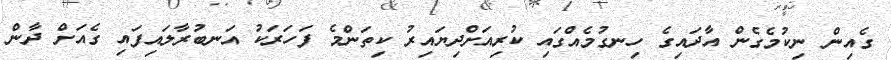
ގެއިން ނިކުމެގެން އާދައިގެ ހިނގުމެއްގައި ކުރިއަށްދިޔައިރު ކިތަންމެ ފަހަރަކު އަނބުރާލައިފައި ގެއަށް ދާން